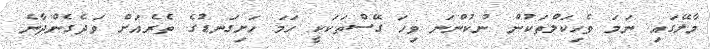
މާލޭގައި ނަމަ ވެހިކަލްތަކުން ނުކުންނަ ވިހަ ގޭސްތަކަކީ ހަމަ ހަށިގަނޑުގެ ތެރެއަށް ވަދެގެންދާނެ